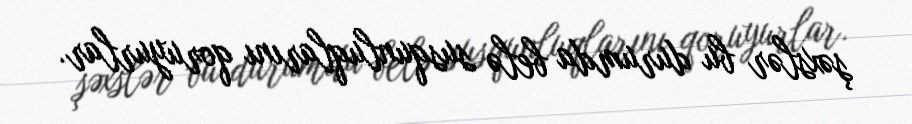
şəxslər bu durumda belə susqunluqlarını qoruyurlar.